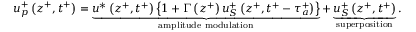
u _ { p } ^ { + } \left( z ^ { + } , t ^ { + } \right) = \underbrace { u ^ { * } \left( z ^ { + } , t ^ { + } \right) \left\{ 1 + \Gamma \left( z ^ { + } \right) u _ { S } ^ { + } \left( z ^ { + } , t ^ { + } - \tau _ { a } ^ { + } \right) \right\} } _ { \mathrm { a m p l i t u d e ~ m o d u l a t i o n } } + \underbrace { u _ { S } ^ { + } \left( z ^ { + } , t ^ { + } \right) } _ { \mathrm { s u p e r p o s i t i o n } } .